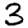
Digit: 3